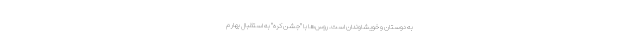
به دوستان و خویشاوندان است. روس‌ها با "جشن کره" به استقبال بهار م